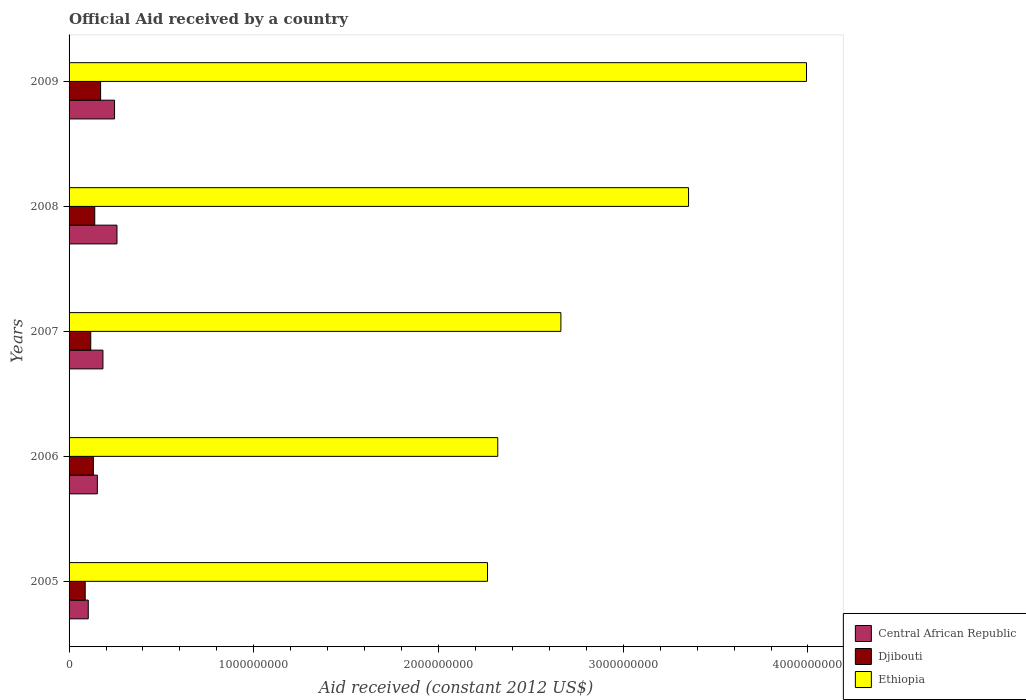
| Years | Central African Republic | Djibouti | Ethiopia |
 | --- | --- | --- | --- |
 | 2005 | 1.04e+08 | 8.74e+07 | 2.27e+09 |
 | 2006 | 1.53e+08 | 1.32e+08 | 2.32e+09 |
 | 2007 | 1.83e+08 | 1.17e+08 | 2.66e+09 |
 | 2008 | 2.59e+08 | 1.39e+08 | 3.35e+09 |
 | 2009 | 2.46e+08 | 1.71e+08 | 3.99e+09 |